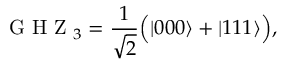
\mathrm { ~ G ~ H ~ Z ~ } _ { 3 } = \frac { 1 } { \sqrt { 2 } } \Big ( \vert 0 0 0 \rangle + \vert 1 1 1 \rangle \Big ) ,